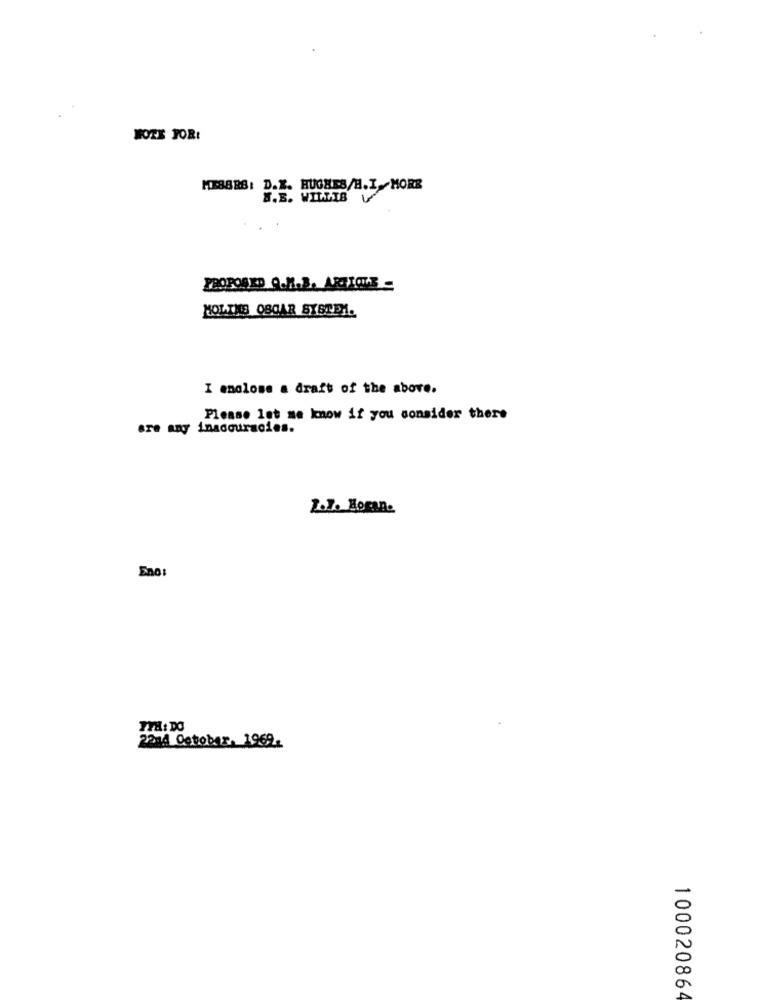
HOTE JOR!
MEBBBS: D.K. HUGHES/H.I.MORE
S.B. WILLIB
MOLINS OSCAR SYSTEM.
I enclose a draft of the above.
Please let me know if you consider there
are any inaccuracies.
2.7. Hogan.
Eno:
2014 October. 1969.
10002086